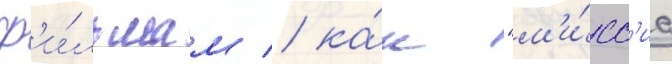
ф'и́льмам / ка́к "м'и́сс'иа